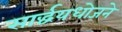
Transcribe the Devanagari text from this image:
सार्द्धयधोजने